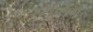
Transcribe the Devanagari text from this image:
स्टेप्लिंग